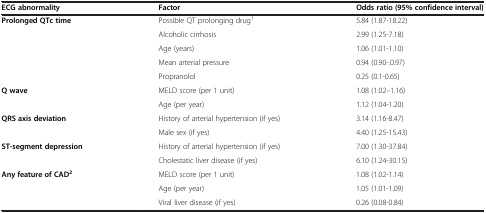
| ECG abnormality | Factor | Odds ratio (95% confidence interval) |
 | --- | --- | --- |
 | <ROWSPAN=5> Prolonged QTc time | Possible QT prolonging drug1 | 5.84 (1.87-18.22) |
 | Alcoholic cirrhosis | 2.99 (1.25-7.18) |
 | Age (years) | 1.06 (1.01-1.10) |
 | Mean arterial pressure | 0.94 (0.90-.0.97) |
 | Propranolol | 0.25 (0.1-0.65) |
 | <ROWSPAN=2> Q wave | MELD score (per 1 unit) | 1.08 (1.02–1.16) |
 | Age (per year) | 1.12 (1.04-1.20) |
 | <ROWSPAN=2> QRS axis deviation | History of arterial hypertension (if yes) | 3.14 (1.16-8.47) |
 | Male sex (if yes) | 4.40 (1.25-15.43) |
 | <ROWSPAN=2> ST-segment depression | History of arterial hypertension (if yes) | 7.00 (1.30-37.84) |
 | Cholestatic liver disease (if yes) | 6.10 (1.24-30.15) |
 | <ROWSPAN=3> Any feature of CAD2 | MELD score (per 1 unit) | 1.08 (1.02-1.14) |
 | Age (per year) | 1.05 (1.01-1.09) |
 | Viral liver disease (if yes) | 0.26 (0.08-0.84) |